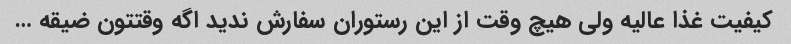
کیفیت غذا عالیه ولی هیچ وقت از این رستوران سفارش ندید اگه وقتتون ضیقه …